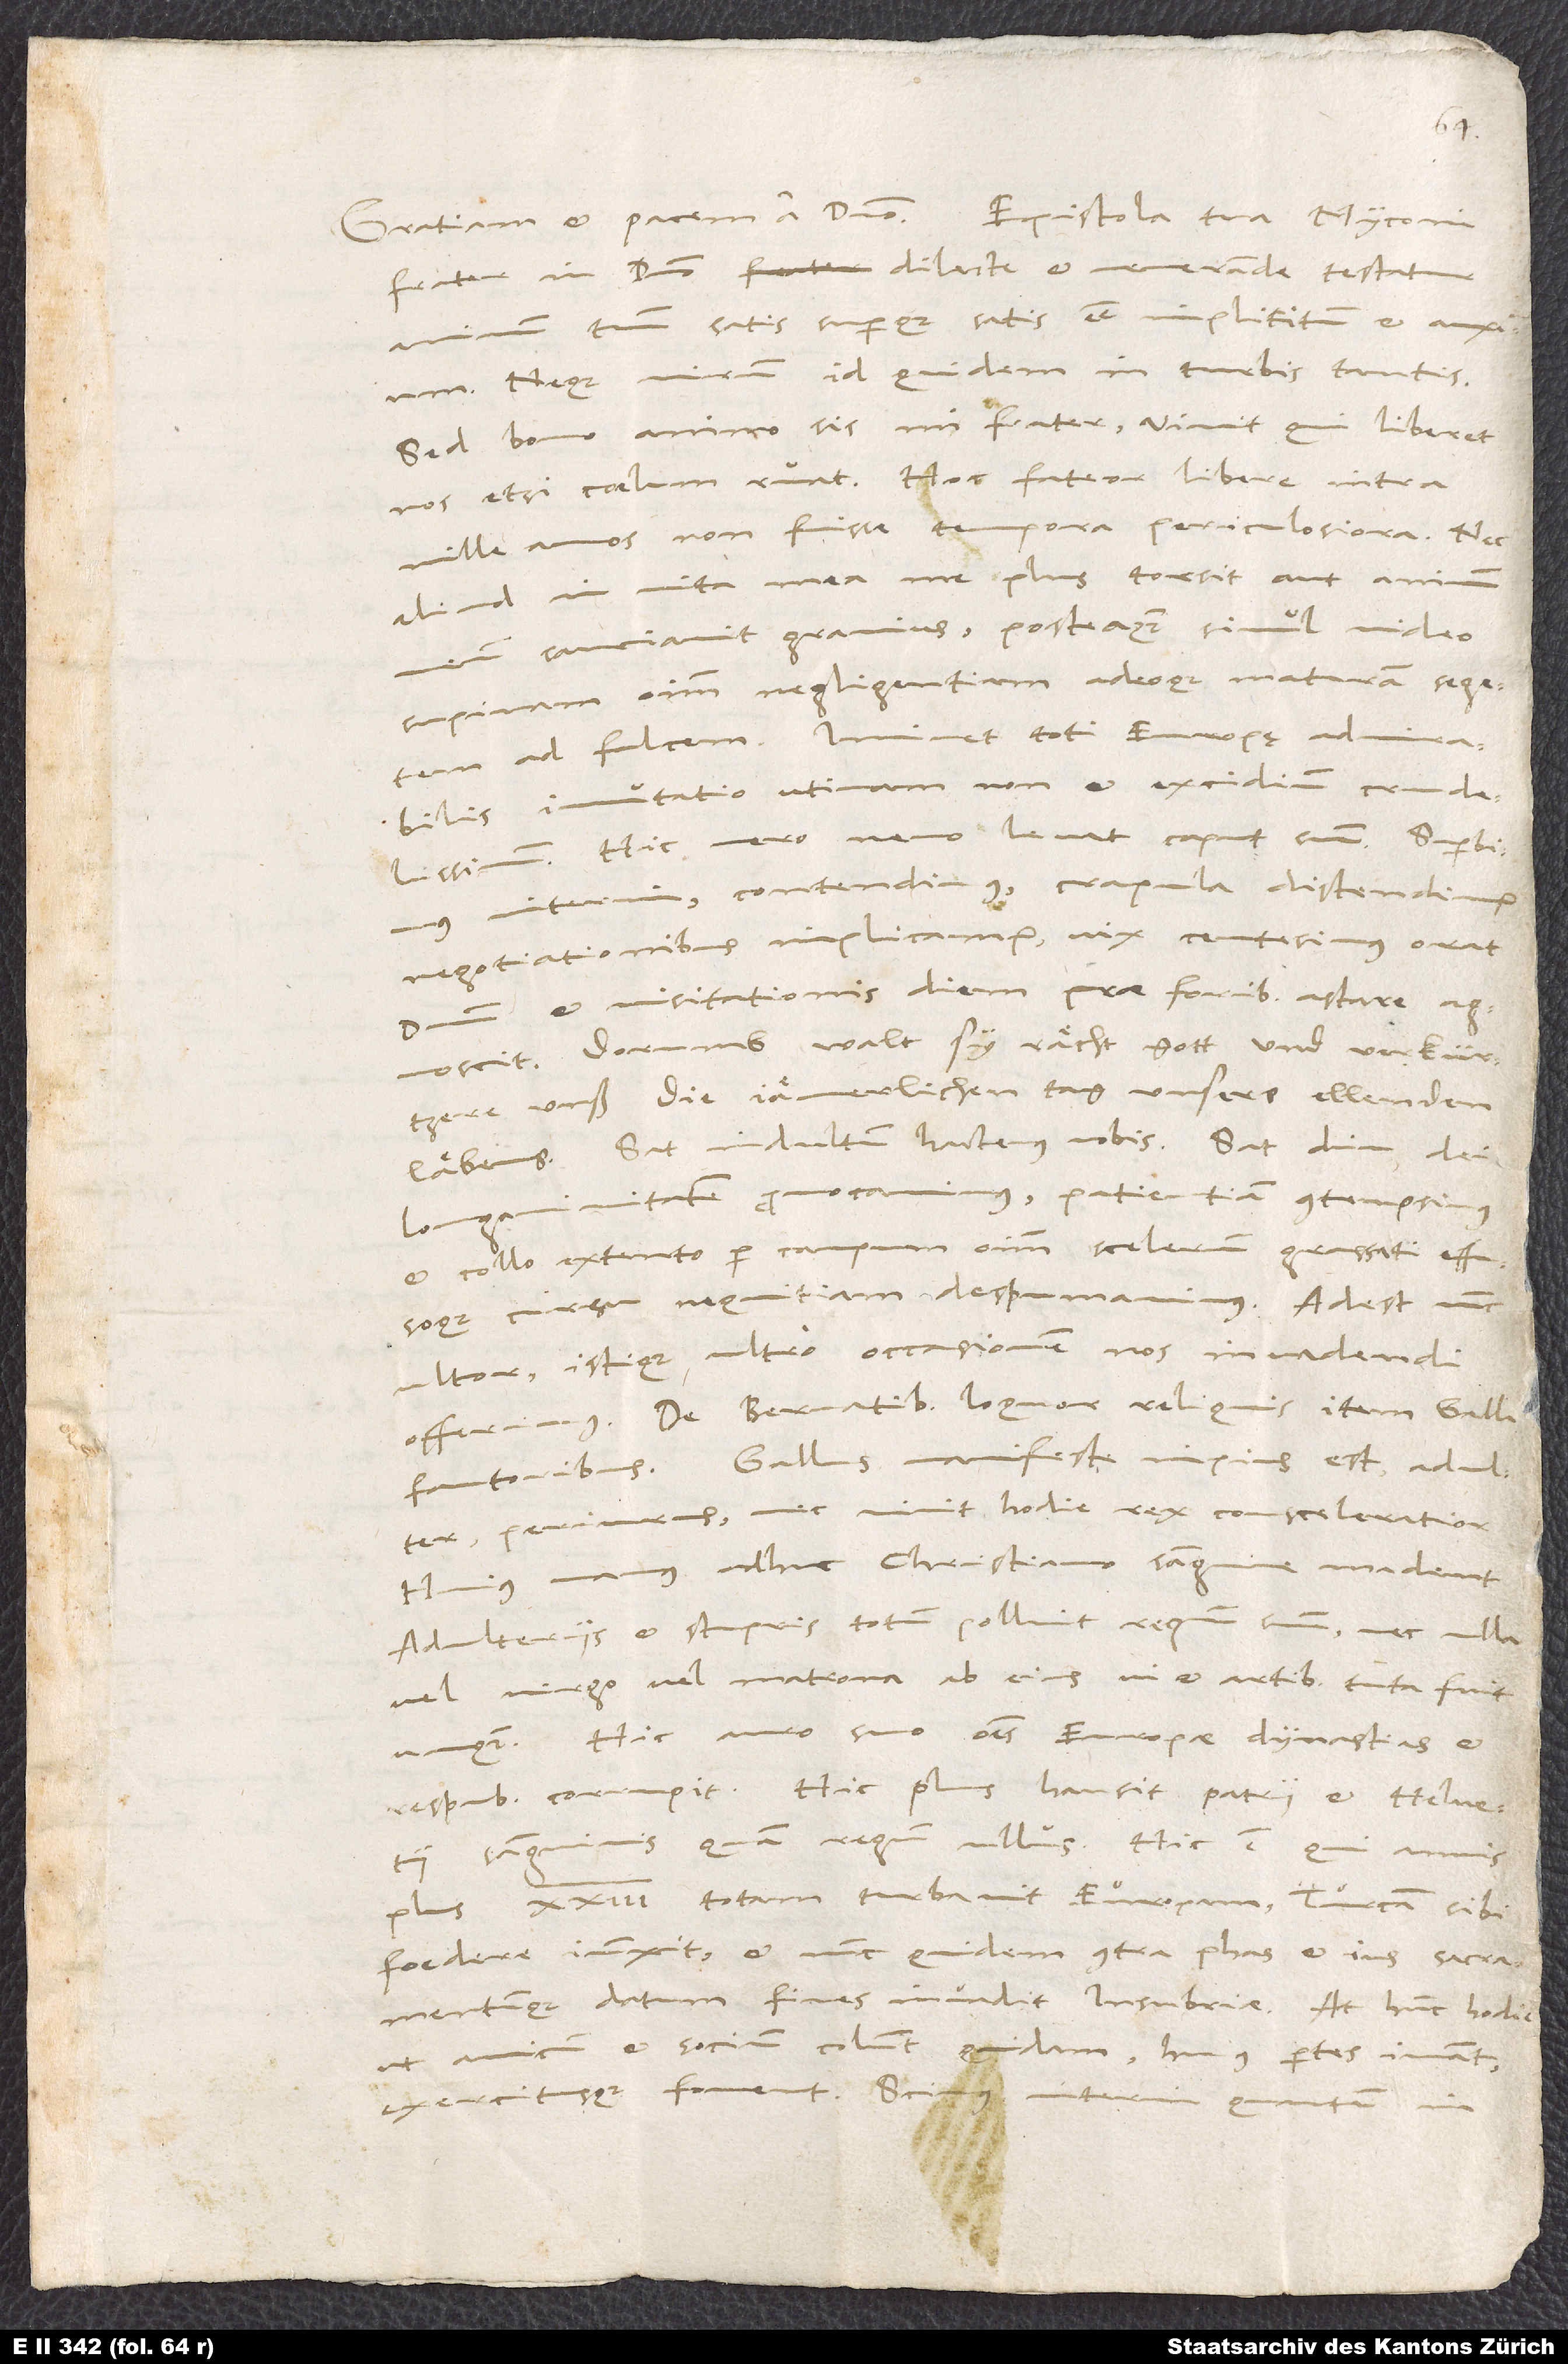
frater in domino dilecte et venerande, testatur
animum tuum satis superque satis esse implicitum et anxium.
Neque mirum id quidem in turbis tantis.
Sed bono animo sis, mi frater; vivit, qui liberet
nos, etsi coelum ruat. Hoc fateor libere, intra
mille annos non fuisse tempora periculosiora. Nec
aliud in vita mea me plus torsit aut animum
sauciavit gravius, posteaquam simul video
supinam omnium negligentiam adeoque maturam segetem
ad falcem. Imminet toti Europę admirabilis
immutatio, utinam non et excidium crudelissimum.
Hic vero nemo levat caput suum. Superbimus
interim, contendimus, crapula distendimur,
negotiationibus implicamur, vix centesimus orat
dominum et visitationis diem prae foribus astare
agnoscit. Dorumb walt sy rächt gott und verkürtzere
unß die jämerlichen tag unsers ellenden
läbens. Sat indultum hactenus nobis. Sat diu dei
longanimitatem provocavimus, patientiam contempsimus
et collo extento per campum omnium scelerum grassati effusoque
cursu nequitiam despumavimus. Adest nunc
ultor, istique ultro occasionem nos invadendi
offerimus. De Bernatibus loquor, reliquis item Galli
fautoribus. Gallus manifeste impius est, adulter,
periurus, nec vivit hodie rex consceleratior.
Huius manus adhuc christiano sanguine madent.
Adulteriis et stupris totum polluit regnum suum, nec ulla
vel virgo vel matrona ab eius vi et artibus tuta fuit
unquam. Hic auro suo omnes Europae dynastias et
respublicas corrupit. Hic plus hausit patrii et Helvetii
sanguinis quam regum ullus. Hic est, qui annis
plus 23 totam turbavit Europam, Turcam sibi
foedere iunxit et nunc quidem contra phas et jus sacramentumque
datum fines invadit Insubriae. At hunc hodie
ut amicum et socium colunt quidam, huius partes iuvant
exercitusque fovent. Scimus interim, quantum in